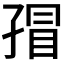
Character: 𰌬